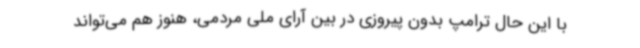
با این حال ترامپ بدون پیروزی در بین آرای ملی مردمی، هنوز هم می‌تواند